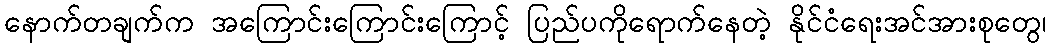
နောက်တချက်က အကြောင်းကြောင်းကြောင့် ပြည်ပကိုရောက်နေတဲ့ နိုင်ငံရေးအင်အားစုတွေ၊